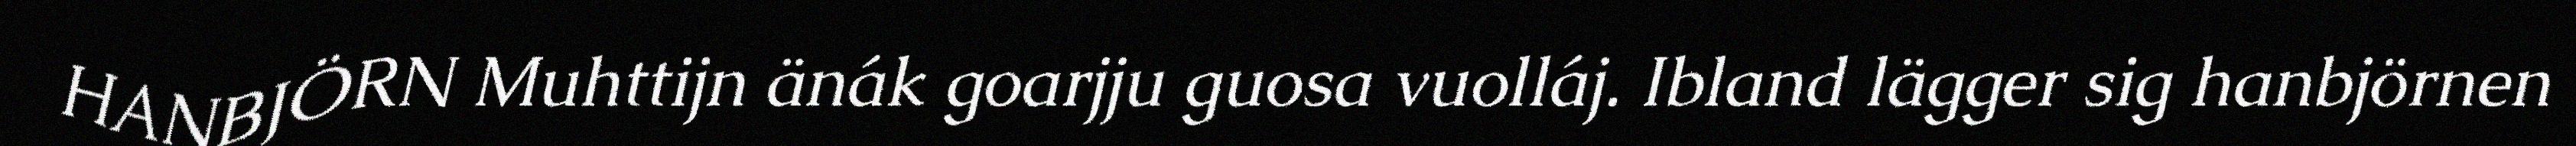
HANBJÖRN Muhttijn änák goarjju guosa vuolláj. Ibland lägger sig hanbjörnen